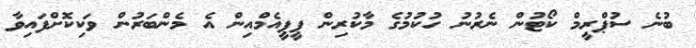
ބުނެ ސުޕްރީމް ކޯޓުން ނެރުނު ހުކުމުގެ މާކުރިން ޕީޕީއެމްއިން އެ މެންބަރުން ވަކިކޮށްފައިވާ